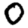
Digit: 0